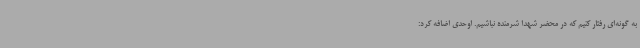
به گونه‌ای رفتار کنیم که در محضر شهدا شرمنده نباشیم. اوحدی اضافه کرد: